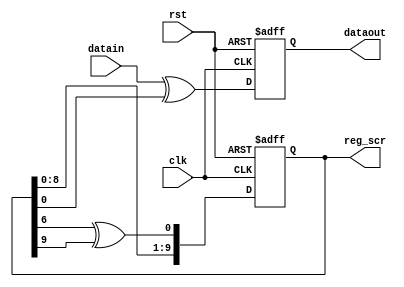
// 
// 0001011101


module Scrambler(
    clk,		// 2MHz,
    rst,
    datain,		// 
    dataout,	// 
    reg_scr		// 
    );
    
    input clk;
    input rst;
    input datain;
    output dataout;
    output [9:0]reg_scr;
reg dataout;  

always @(negedge clk or negedge rst)
    if(~rst)
        dataout <= 1'bz;
    else
        dataout <= datain^reg_scr[0];

reg [9:0]reg_scr;
always @(posedge clk or negedge rst)
    if(~rst)
        reg_scr <= 10'b0001011101;
    else
        reg_scr <= {reg_scr[8:0],reg_scr[6]^reg_scr[9]};



  
endmodule